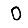
Digit: 0